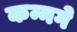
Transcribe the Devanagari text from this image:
कन्नगे